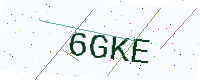
Text: 6GKE